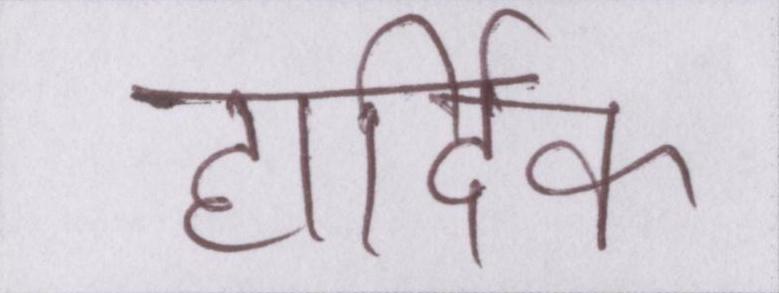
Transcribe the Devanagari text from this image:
हार्दिक